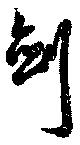
剣